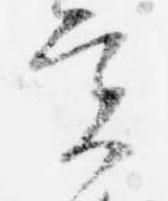
実